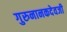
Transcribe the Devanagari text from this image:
गुरुनानकदेवजी